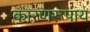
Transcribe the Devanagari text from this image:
कारणरूपाय